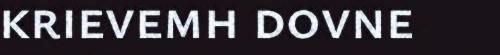
krievemh dovne